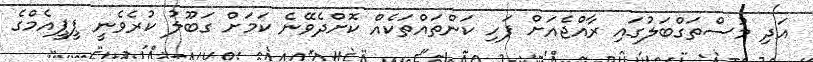
އަދި މުސްތަގްބަލުގައި ރާއްޖެއަށް ފަހި ކަންތައްތަކެއް ކޮށްދެވޭނެ ކަމަށް ގަބޫލު ކުރެވެނީ ޕީޕީއެމްގެ